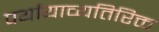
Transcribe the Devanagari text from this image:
पर्यायाव्यतिरिक्त